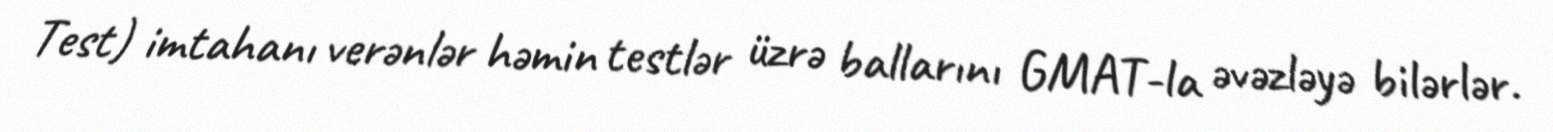
Test) imtahanı verənlər həmin testlər üzrə ballarını GMAT-la əvəzləyə bilərlər.